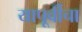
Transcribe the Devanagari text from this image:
यापूर्वीचा